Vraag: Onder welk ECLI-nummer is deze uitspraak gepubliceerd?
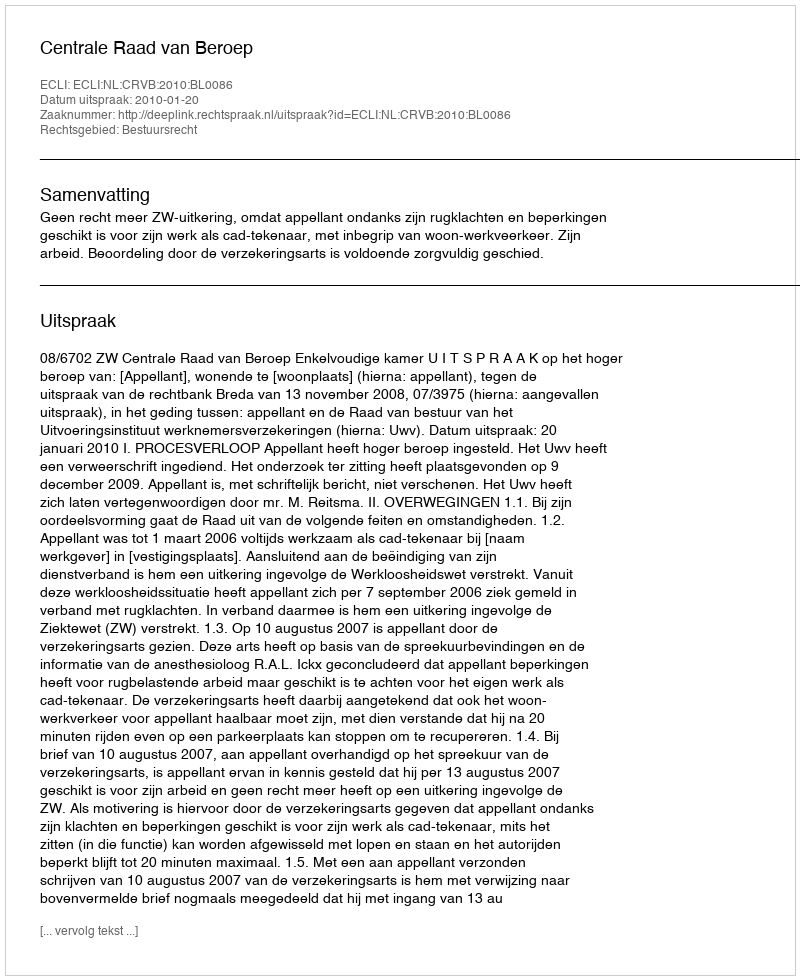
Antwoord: ECLI:NL:CRVB:2010:BL0086